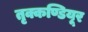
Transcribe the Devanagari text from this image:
तृक्कण्डियूर